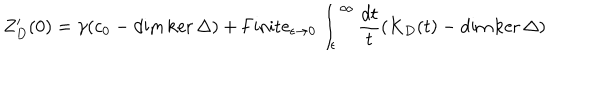
Z _ { D } ^ { \prime } ( 0 ) = \gamma ( c _ { 0 } - \dim \ker \Delta ) + \mathrm { F i n i t e } _ { \epsilon \to 0 } \int _ { \epsilon } ^ { \infty } { \frac { d t } { t } } ( K _ { D } ( t ) - \dim \ker \Delta )